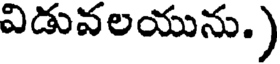
విడువలయును.)